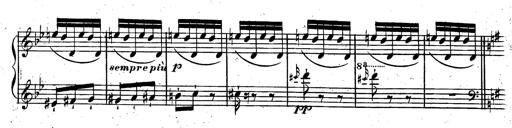
Title: Rondeau fantastique sur un thÃ¨me espagnol
Composer: Franz Liszt